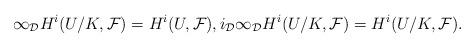
LaTeX: \begin{align*} \infty_\mathcal{D}H^i(U/K,\mathcal{F})=H^i(U,\mathcal{F}), i_\mathcal{D}\infty_\mathcal{D}H^i(U/K,\mathcal{F})=H^i(U/K,\mathcal{F}). \end{align*}